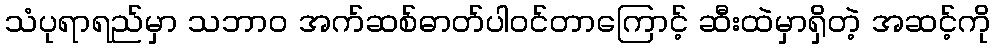
သံပုရာရည်မှာ သဘာ၀ အက်ဆစ်ဓာတ်ပါဝင်တာကြောင့် ဆီးထဲမှာရှိတဲ့ အဆင့်ကို